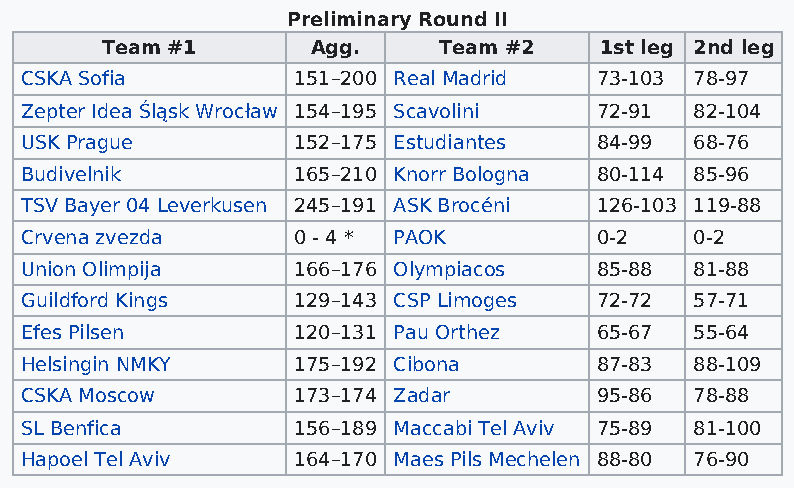
Preliminary Round II
 Team #1       Agg.    Team #2    1st leg 2nd leg
 CSKA Sofia        151–200 Real Madrid 73-103 78-97
 Zepter Idea Śląsk Wrocław 154–195 Scavolini 72-91 82-104
 USK Prague        152–175 Estudiantes 84-99  68-76
 Budivelnik        165–210 Knorr Bologna 80-114 85-96
 TSV Bayer 04 Leverkusen 245–191 ASK Brocéni 126-103 119-88
 Crvena zvezda     0 - 4 * PAOK        0-2    0-2
 Union Olimpija    166–176 Olympiacos  85-88  81-88
 Guildford Kings   129–143 CSP Limoges 72-72  57-71
 Efes Pilsen       120–131 Pau Orthez  65-67  55-64
 Helsingin NMKY    175–192 Cibona      87-83  88-109
 CSKA Moscow       173–174 Zadar       95-86  78-88
 SL Benfica        156–189 Maccabi Tel Aviv 75-89 81-100
 Hapoel Tel Aviv   164–170 Maes Pils Mechelen 88-80 76-90